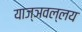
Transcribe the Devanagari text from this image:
याज्ञवल्लय